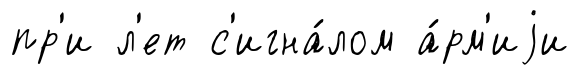
пр'и л'ет с'игна́лом а́рм'иjи